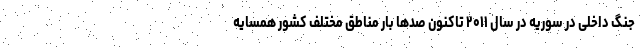
جنگ داخلی در سوریه در سال ۲۰۱۱ تاکنون صدها بار مناطق مختلف کشور همسایه